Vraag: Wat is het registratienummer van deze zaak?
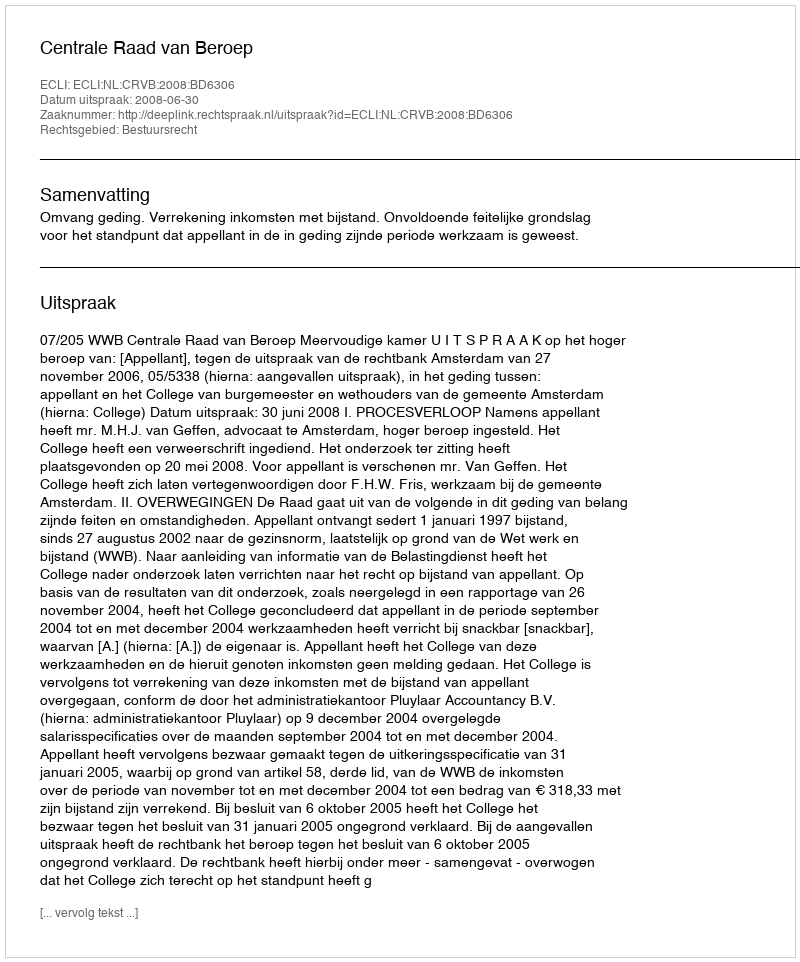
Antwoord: http://deeplink.rechtspraak.nl/uitspraak?id=ECLI:NL:CRVB:2008:BD6306